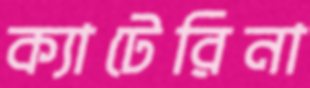
ক্যাটেরিনা